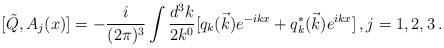
LaTeX: \begin{align*}[ \tilde{Q} ,A_j (x)] =- \frac{i}{(2 \pi)^3} \int \frac{d^3 k}{2 k^0} [ q_k(\vec{k}) e^{-ikx} + q_k^*(\vec{k}) e^{ikx} ] \, , j=1,2,3 \, .\end{align*}